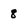
Character: 8